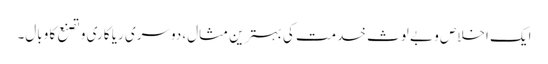
ایک اخلاص و بے لوث خدمت کی بہترین مثال، دوسری ریا کاری و تصنع کا وبال۔